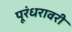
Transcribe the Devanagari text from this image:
पूरंधरावरी